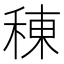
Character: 𫞸